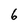
Character: 6